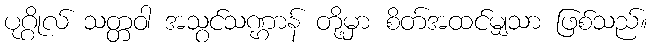
ပုဂ္ဂိုလ် သတ္တဝါ အသွင်သဏ္ဌာန် တို့မှာ စိတ်အထင်မျှသာ ဖြစ်သည်။